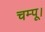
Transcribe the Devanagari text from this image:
चम्पू।